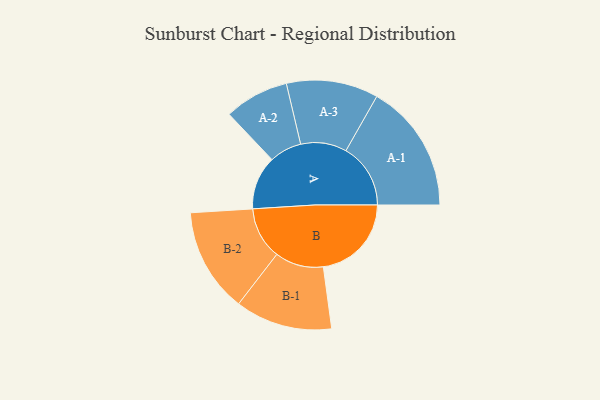
{"axis": {"x": "Segment", "y": "Value"}, "legend": ["", "A", "B"], "data": [{"x": "A", "y": 224, "type": ""}, {"x": "B", "y": 368, "type": ""}, {"x": "A-1", "y": 270, "type": "A"}, {"x": "A-2", "y": 135, "type": "A"}, {"x": "A-3", "y": 192, "type": "A"}, {"x": "B-1", "y": 203, "type": "B"}, {"x": "B-2", "y": 218, "type": "B"}]}